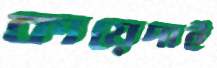
কায়েদাই